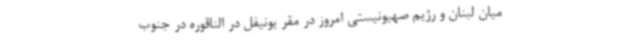
میان لبنان و رژیم صهیونیستی امروز در مقر یونیفل در الناقوره در جنوب